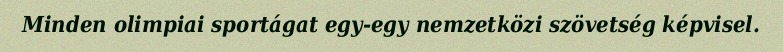
Minden olimpiai sportágat egy-egy nemzetközi szövetség képvisel.